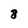
Character: 8